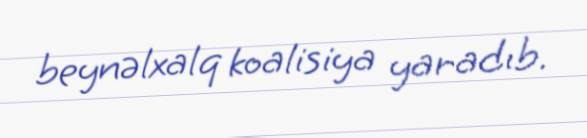
beynəlxalq koalisiya yaradıb.